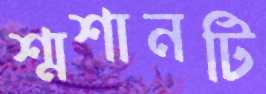
শ্মশানটি